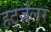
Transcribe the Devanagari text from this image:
हर्ट्ज़लर